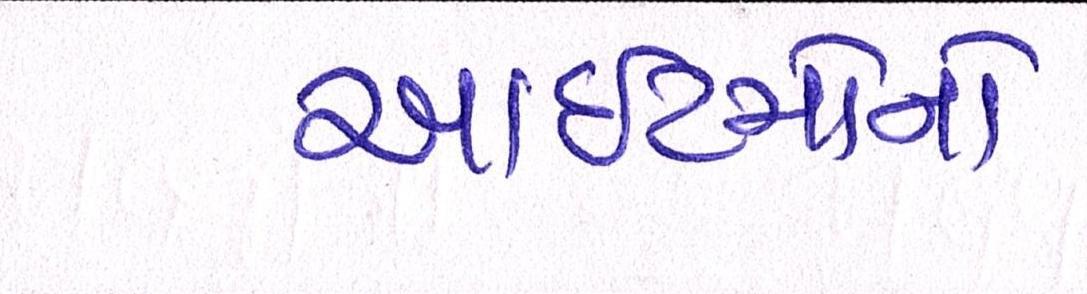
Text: આઈટમોનો